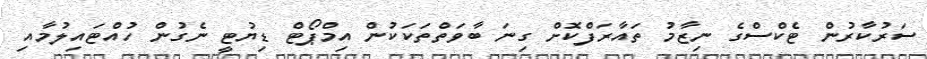
ސަރުކާރުން ޓެކްސްގެ ނިޒާމު ތައާރަފްކޮށް ގިނަ ބާވަތްތަކަކުން އިމްޕޯޓް ޑިޔުޓީ ނެގުން ހުއްޓައިލުމާއި